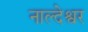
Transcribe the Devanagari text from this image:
नाल्देश्वर